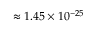
\approx 1 . 4 5 \times 1 0 ^ { - 2 5 }